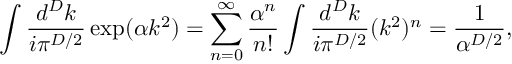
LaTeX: \int \frac { d ^ { D } k } { i \pi ^ { D / 2 } } \exp ( \alpha k ^ { 2 } ) = \sum _ { n = 0 } ^ { \infty } \frac { \alpha ^ { n } } { n ! } \int \frac { d ^ { D } k } { i \pi ^ { D / 2 } } ( k ^ { 2 } ) ^ { n } \nonumber = \frac { 1 } { \alpha ^ { D / 2 } } ,